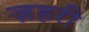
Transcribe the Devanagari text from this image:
ज़हरी